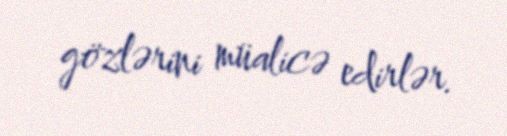
gözlərini müalicə edirlər.